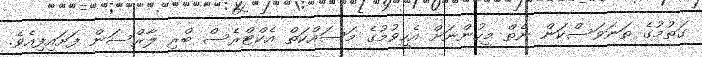
ގަތުމުގެ ތަނަވަސްކަން ނެތް މީހުންނަށް އެހީވުމުގެ މަސައްކަތް އެކްޓްރެސް ބްރި ލާރްސަން ފަށައިފިއެވެ.